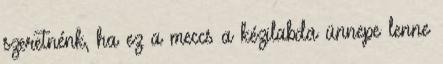
szeretnénk, ha ez a meccs a kézilabda ünnepe lenne